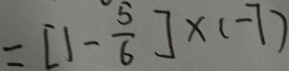
= [ 1 - \frac { 5 } { 6 } ] \times ( - 7 )